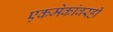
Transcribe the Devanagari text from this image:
एकमेकांवरही